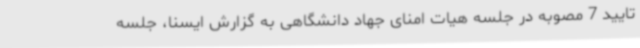
تایید 7 مصوبه در جلسه هیات امنای جهاد دانشگاهی به گزارش ایسنا، جلسه